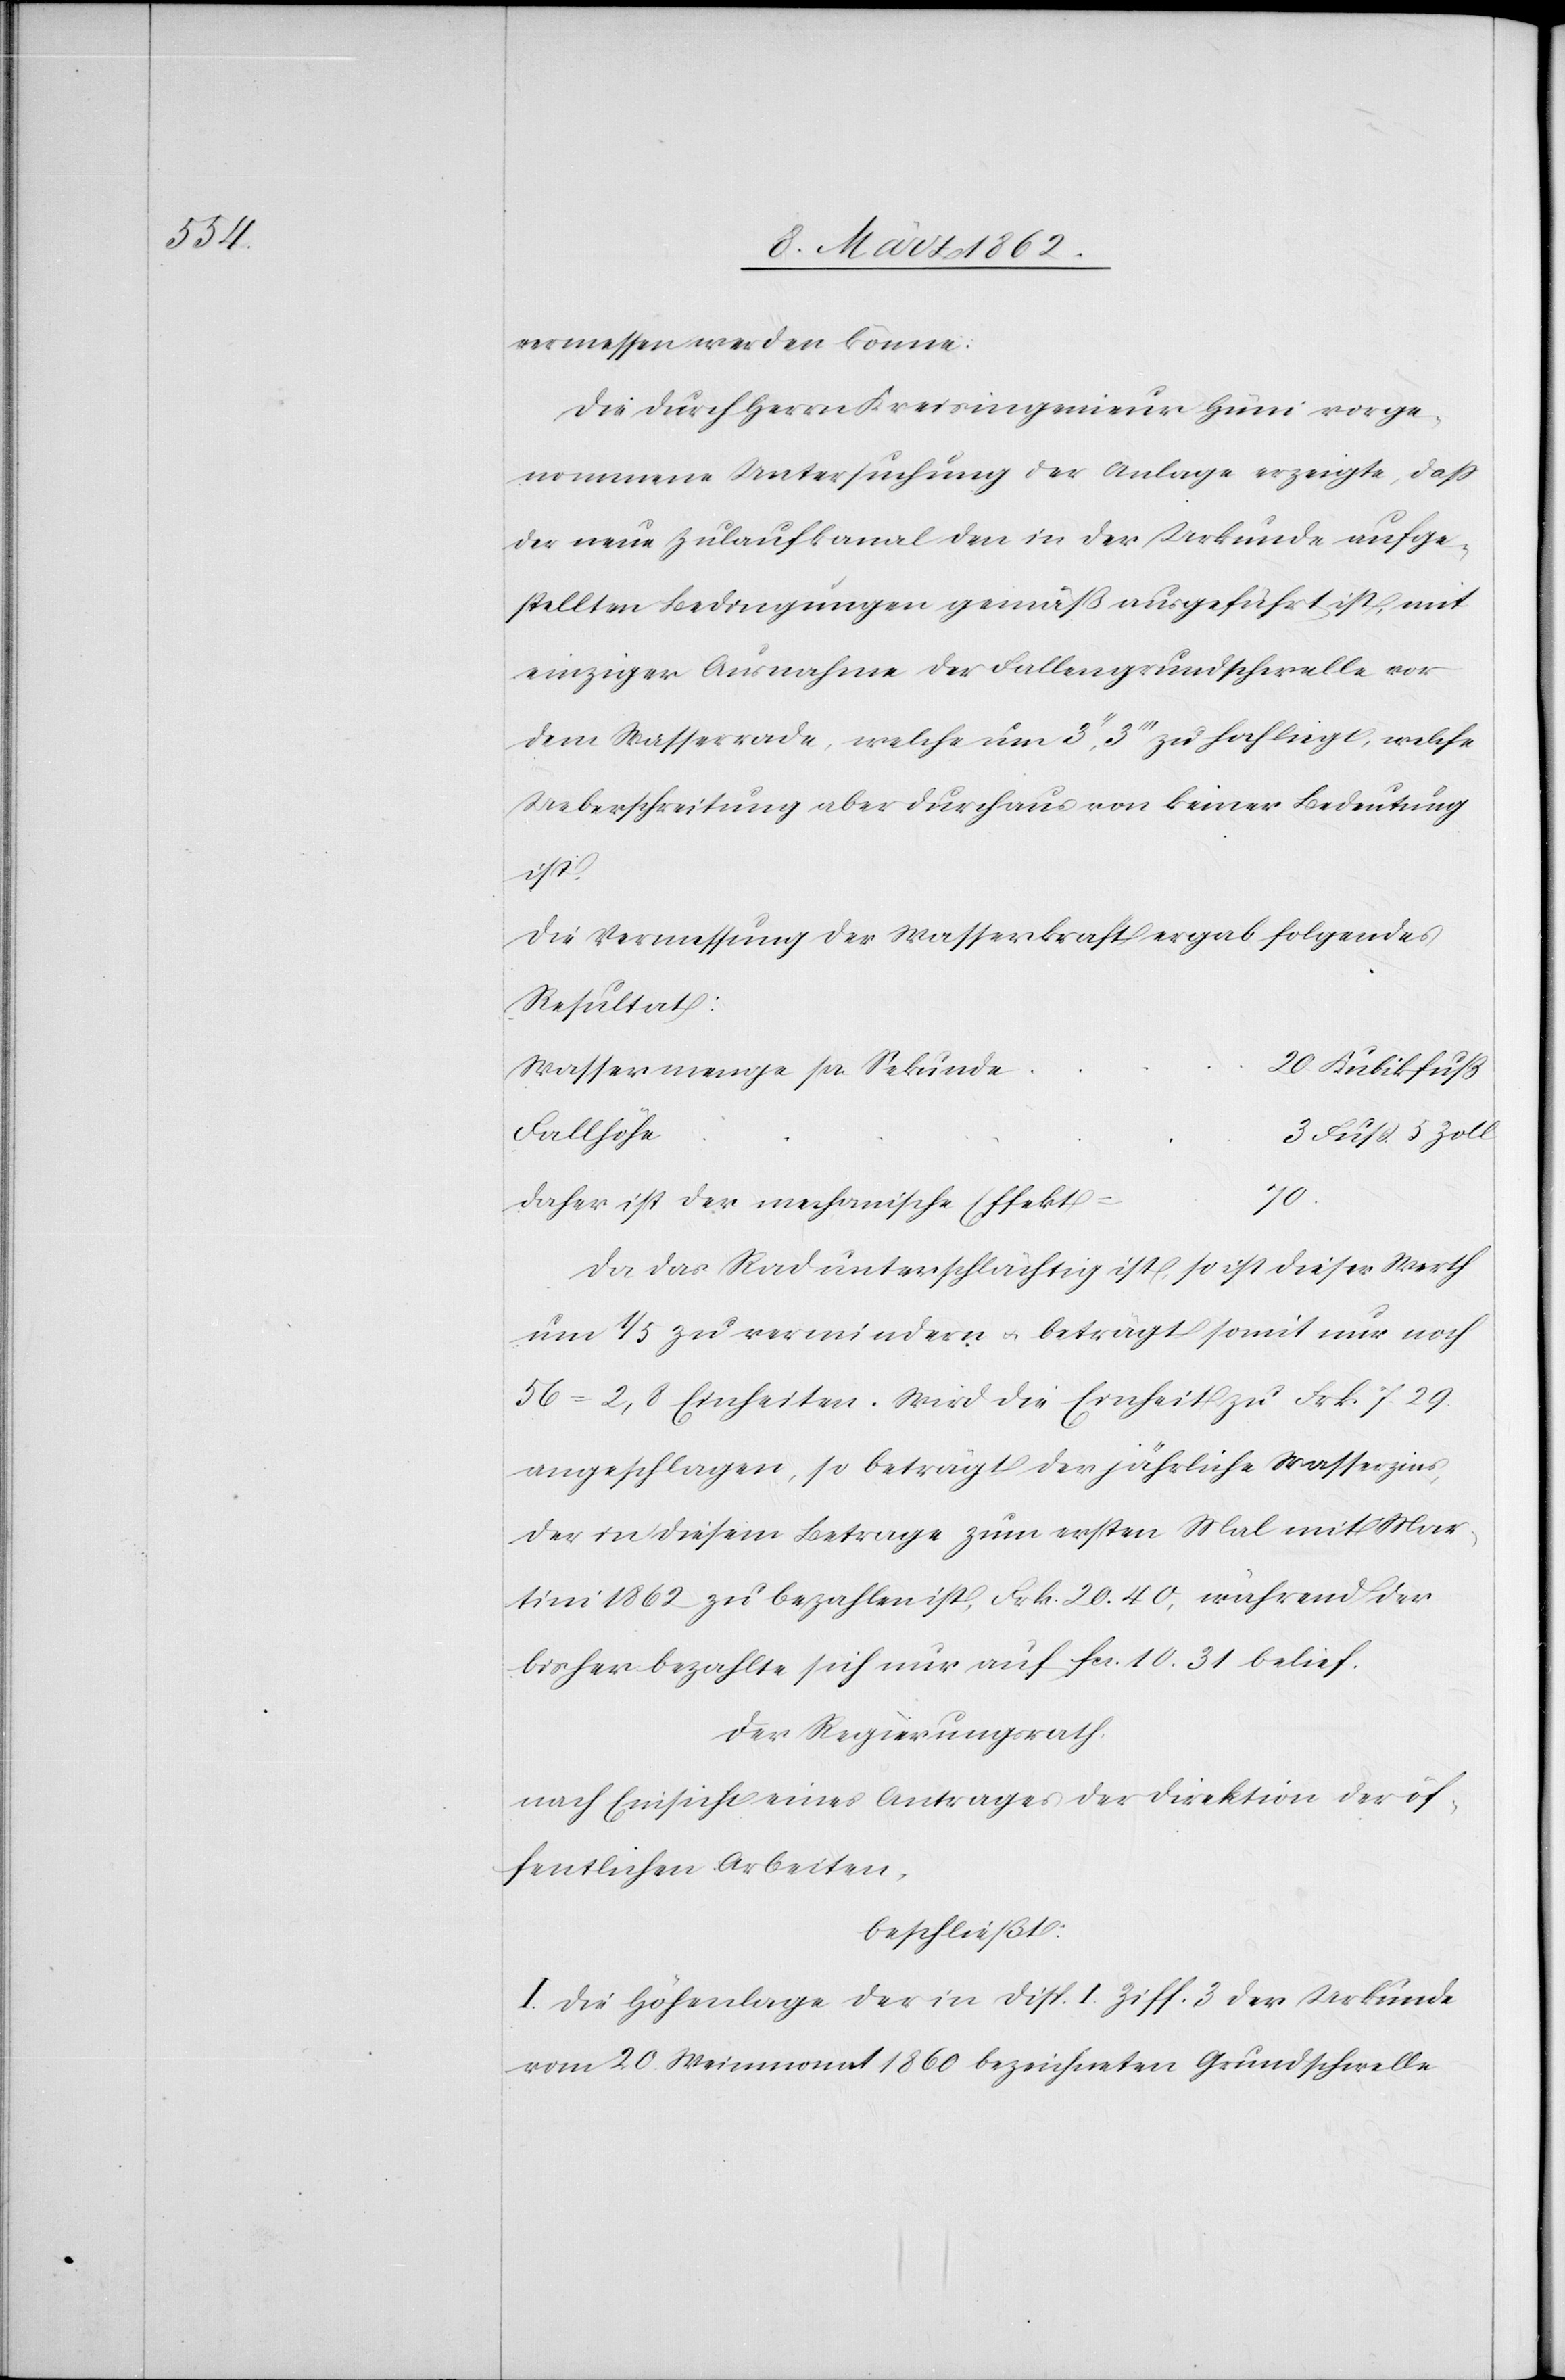
vermessen werden könne.
Die durch Herrn Kreisingenieur Hüni vorge¬
nommene Untersuchung der Anlage erzeigte, daß
der neue Zulaufkanal den in der Urkunde aufge¬
stellten Bedingungen gemäß ausgeführt ist, mit
einziger Ausnahme der Fallengrundschwelle vor
dem Wasserrade, welche um 3’’, 3’’’ zu hoch liegt, welche
Ueberschreitung aber durchaus von keiner Bedeutung
ist.
Die Vermessung der Wasserkraft ergab folgendes
Resultat:
20 Kubikfuß
Wassermenge pr. Sekunde
Fallhöhe
3 Fuß 5 Zoll
70.
daher ist der mechanische Effekt
Da das Rad unterschlächtig ist, so ist dieser Werth
um 1/5 zu vermindern u. beträgt somit nur noch
56 = 2,8 Einheiten. Wird die Einheit zu Frk 7.29.
angeschlagen, so beträgt der jährliche Wasserzins,
der in diesem Betrage zum ersten Mal mit Mar¬
tini 1862 zu bezahlen ist, Frk. 20.40, während der
bisher bezahlte sich nur auf fcs. 10.31 belief.
Der Regierungsrath
nach Einsicht eines Antrages der Direktion der öf¬
fentlichen Arbeiten,
beschließt:
I. Die Höhenlage der in Disp. I. Ziff. 3 der Urkunde
vom 20. Weinmonat 1860 bezeichneten Grundschwelle